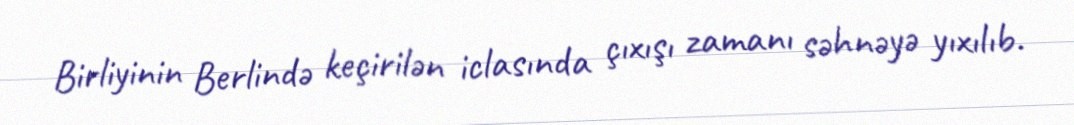
Birliyinin Berlində keçirilən iclasında çıxışı zamanı səhnəyə yıxılıb.